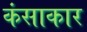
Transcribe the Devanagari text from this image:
कंसाकार